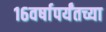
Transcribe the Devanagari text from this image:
१६वर्षापर्यंतच्या